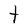
Character: t